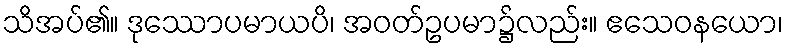
သိအပ်၏။ ဒုဿောပမာယပိ၊ အဝတ်ဥပမာ၌လည်း။ ဧသေဝနယော၊